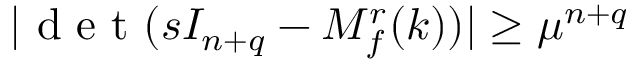
\lvert \mathrm { ~ d ~ e ~ t ~ } ( s I _ { n + q } - M _ { f } ^ { r } ( k ) ) \rvert \geq \mu ^ { n + q }